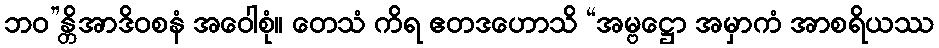
ဘဝ”န္တိအာဒိဝစနံ အဝေါစုံ။ တေသံ ကိရ ဧတဒဟောသိ “အမ္ဗဋ္ဌော အမှာကံ အာစရိယဿ